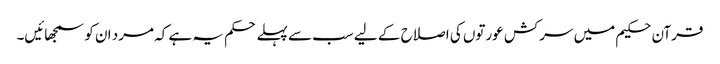
قرآن حکیم میں سرکش عورتوں کی اصلاح کے لیے سب سے پہلے حکم یہ ہے کہ مرد ان کو سمجھائیں۔